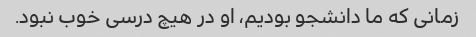
زمانی که ما دانشجو بودیم، او در هیچ درسی خوب نبود.